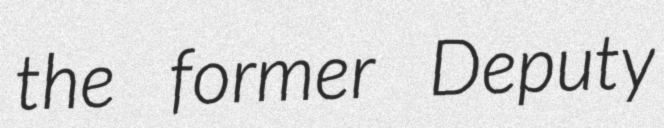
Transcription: the former Deputy